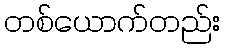
တစ်ယောက်တည်း